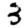
Digit: 3